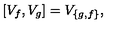
[ V _ { f } , V _ { g } ] = V _ { \{ g , f \} } ,